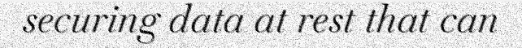
securing data at rest that can